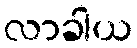
လာခါယ